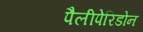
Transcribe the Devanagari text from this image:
पैलीपेरिडोन